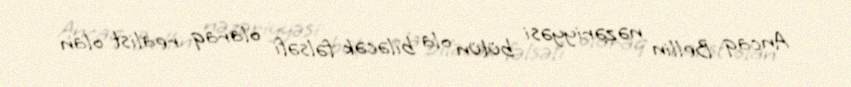
Ancaq Bellin nəzəriyyəsi bütün ola biləcək fəlsəfi olaraq realist olan